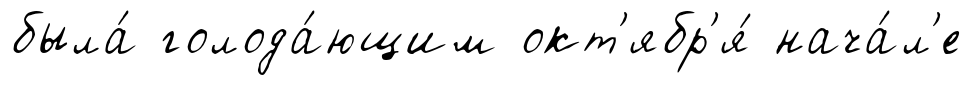
была́ голода́ющим окт'ябр'я́ нача́л'е